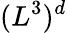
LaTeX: (L^{3})^{d}